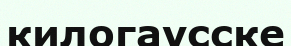
килогаусске